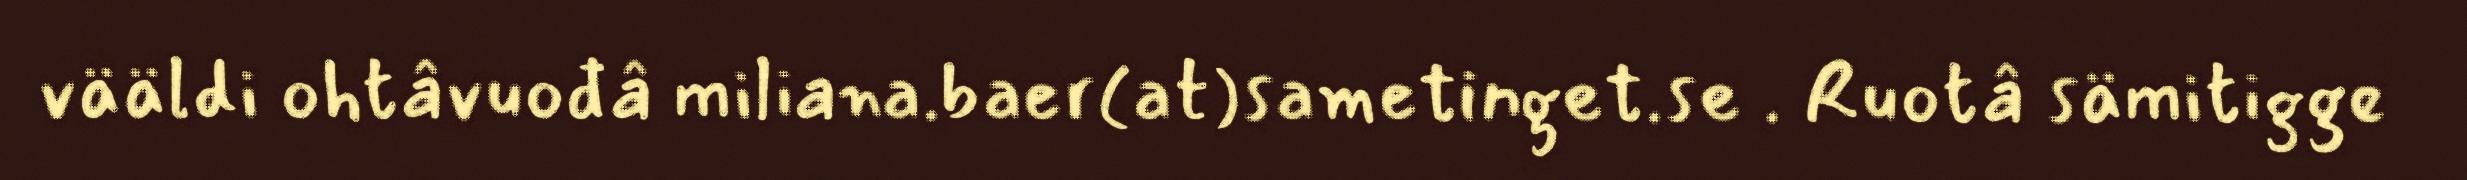
vääldi ohtâvuođâ miliana.baer(at)sametinget.se . Ruotâ sämitigge